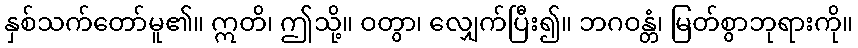
နှစ်သက်တော်မူ၏။ ဣတိ၊ ဤသို့။ ဝတွာ၊ လျှေက်ပြီး၍။ ဘဂဝန္တံ၊ မြတ်စွာဘုရားကို။